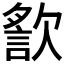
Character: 𣤍